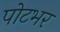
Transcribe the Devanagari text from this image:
पोटभर